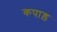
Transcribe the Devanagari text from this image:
कपाड़